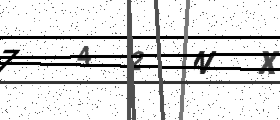
Text: 742NX